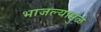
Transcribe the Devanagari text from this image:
भाजल्यामुळे